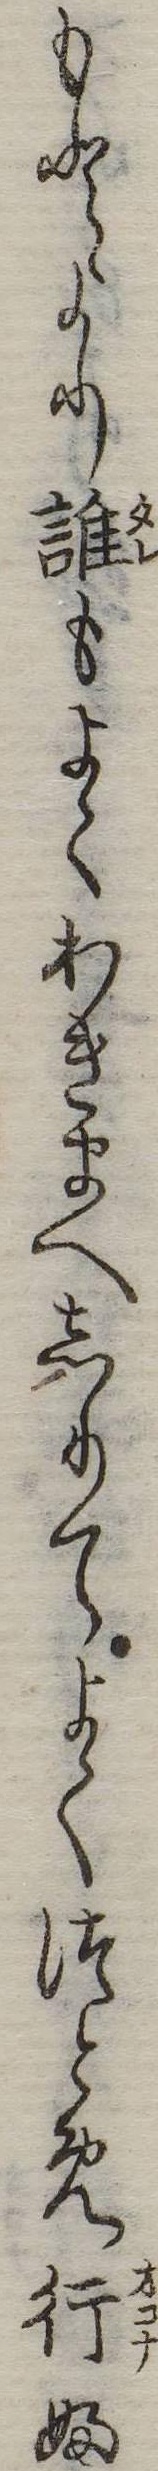
もとより誰もよくわきまへしりてよくつとめ行ふ